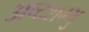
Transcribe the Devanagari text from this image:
अष्टशम्भु